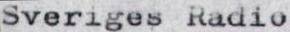
Sveriges Radio